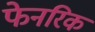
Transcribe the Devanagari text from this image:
फेनरिक